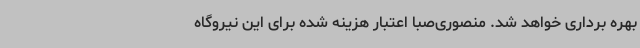
بهره برداری خواهد شد. منصوری‌صبا اعتبار هزینه شده برای این نیروگاه